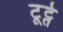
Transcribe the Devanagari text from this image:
टूट्ते